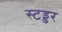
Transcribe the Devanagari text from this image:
स्टड्डर